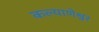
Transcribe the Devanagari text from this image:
कल्याणेश्वर